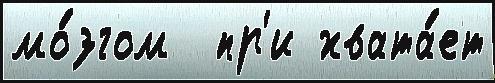
мо́згом  пр'и хвата́ет